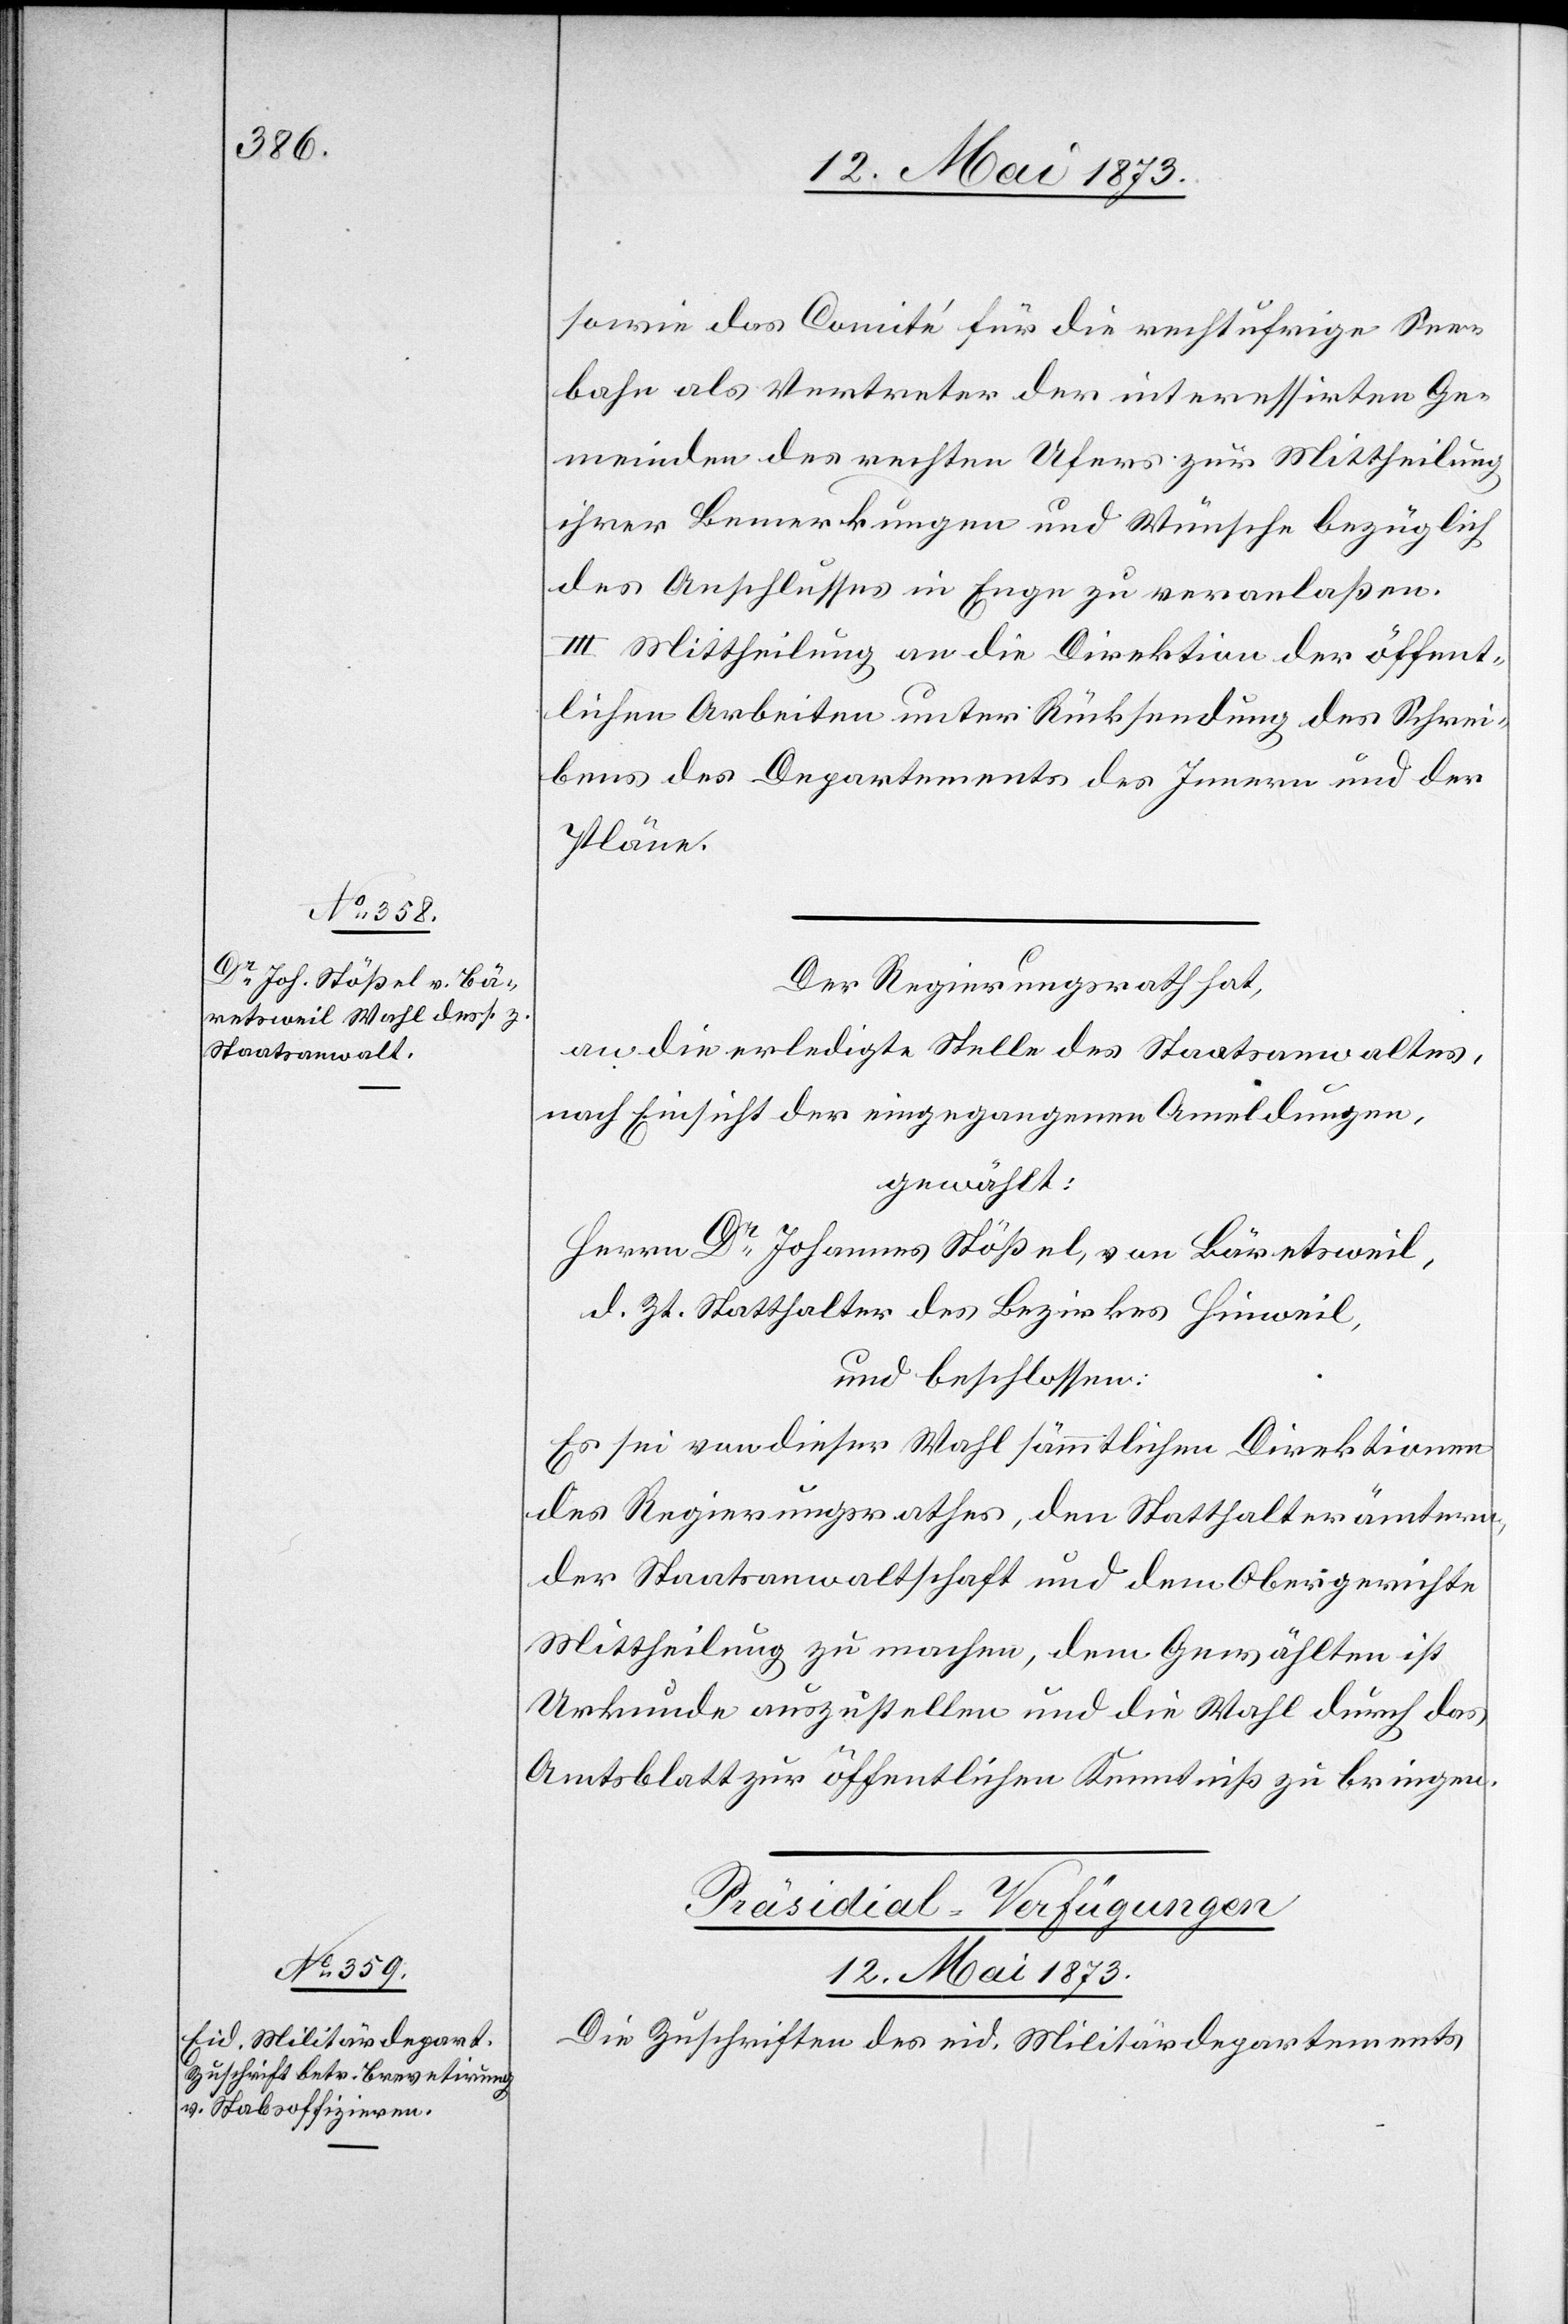
sowie das Comité für die rechtufrige See¬
bahn als Vertreter der interessirten Ge¬
meinden des rechten Ufers zur Mittheilung
ihrer Bemerkungen und Wünsche bezüglich
des Anschlusses in Enge zu veranlaßen.
III. Mittheilung an die Direktion der öffent¬
lichen Arbeiten unter Rücksendung des Schrei¬
bens des Departements des Innern und der
Pläne.
Der Regierungsrath hat,
an die erledigte Stelle des Staatsanwaltes,
nach Einsicht der eingegangenen A[n]meldungen,
gewählt:
Herrn Dr Johannes Stößel, von Bäretsweil,
d. Zt. Statthalter des Bezirkes Hinweil,
und beschlossen:
Es sei von dieser Wahl sämmtlichen Direktionen
des Regierungsrathes, den Statthalterämtern,
der Staatsanwaltschaft und dem Obergerichte
Mittheilung zu machen, dem Gewählten ist
Urkunde auszustellen und die Wahl durch das
Amtsblatt zur öffentlichen Kenntniß zu bringen.
Präsidial-Verfügungen
12. Mai 1873.
Die Zuschriften des eid. Militärdepartements